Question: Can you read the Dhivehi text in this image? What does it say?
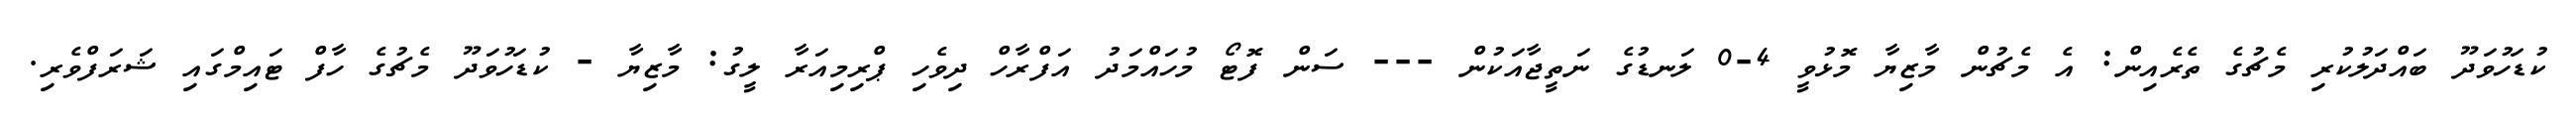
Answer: ކުޑަހުވަދޫ ބައްދަލުކުރި މެޗުގެ ތެރެއިން: އެ މެޗުން މާޒިޔާ މޮޅުވީ 4-0 ލަނޑުގެ ނަތީޖާއަކުން --- ސަން ފޮޓޯ މުހައްމަދު އަފްރާހް ދިވެހި ޕްރިމިއަރާ ލީގު: މާޒިޔާ - ކުޑަހުވަދޫ މެޗުގެ ހާފް ޓައިމްގައި ޝަރަފްވެރި.